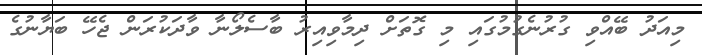
މިއަދު ބޭއްވި ގުރުނެގުމުގައި މި ގޮތަށް ދިމާވިއިރު ބާސެލޯނާ ވާދަކުރަން ޖެހޭ ބަޔާނުގެ